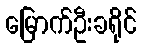
မြောက်ဦးခရိုင်